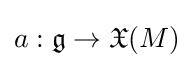
a:{\mathfrak {g}}\to {\mathfrak {X}}(M)